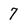
Character: 7